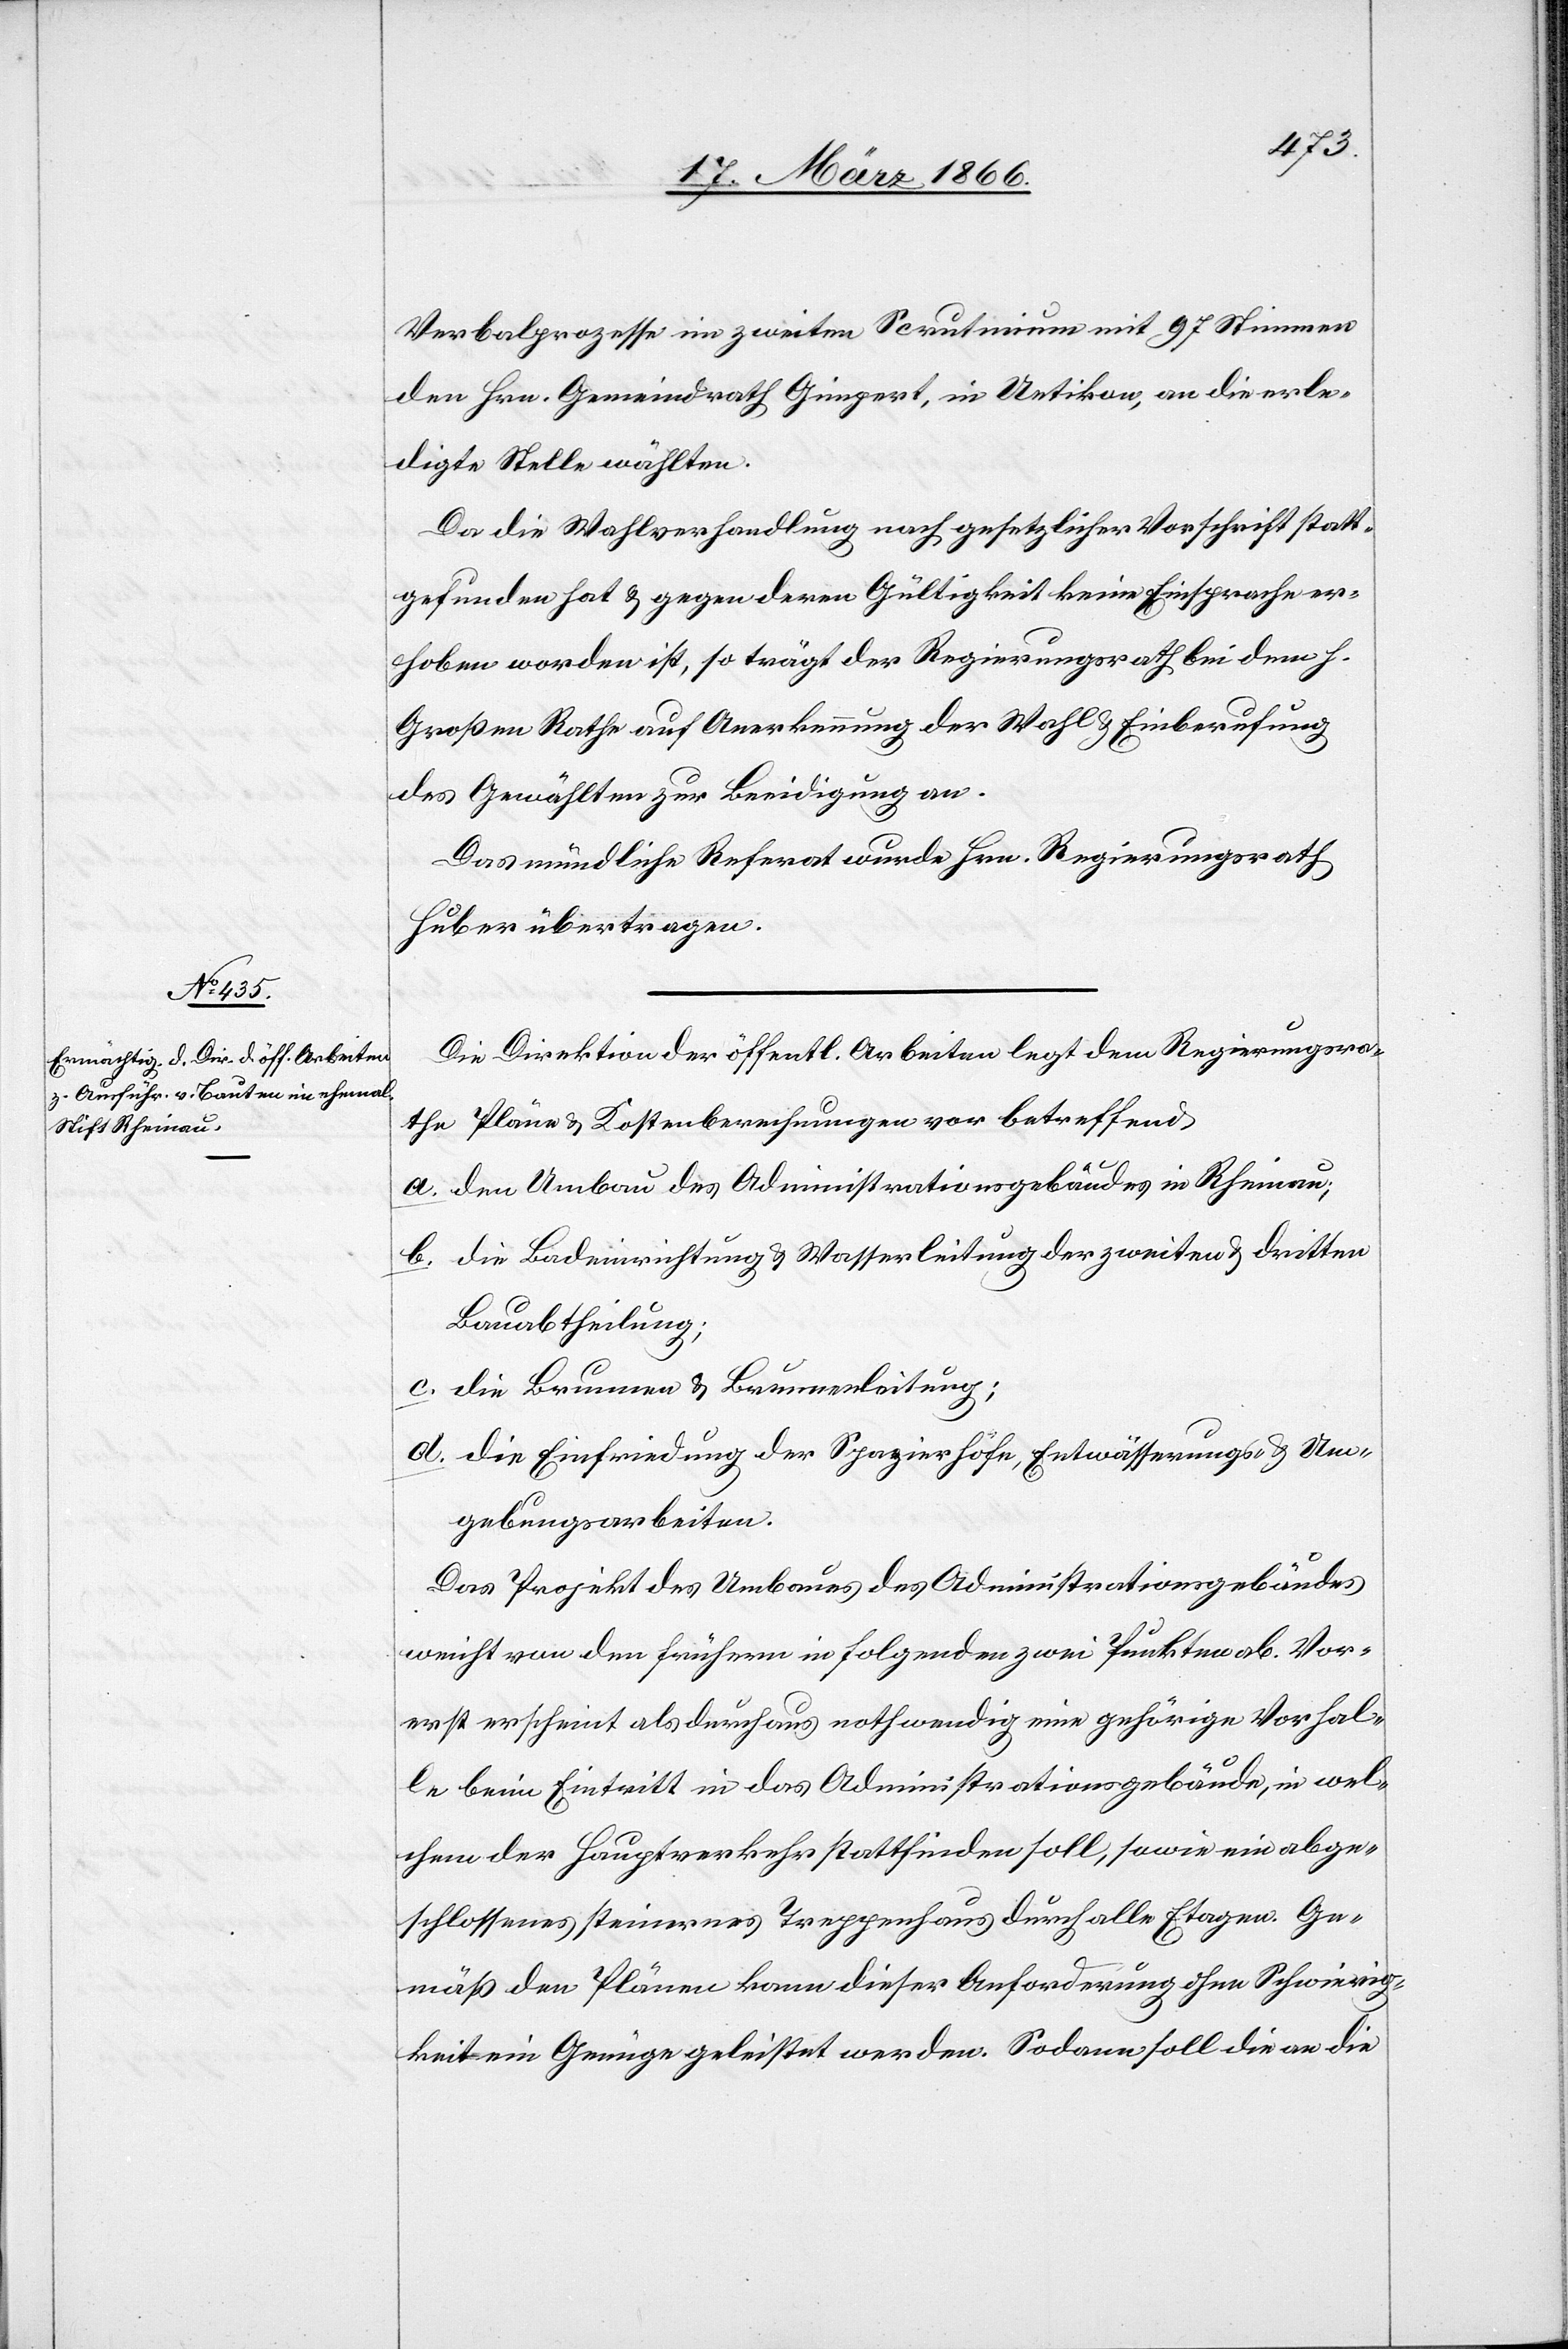
Verbalprozesse im zweiten Scrutinium mit 97 Stimmen
den Hrn. Gemeindrath Gimpert, in Uetikon, an die erle¬
digte Stelle wählten.
Da die Wahlverhandlung nach gesetzlicher Vorschrift statt¬
gefunden hat u. gegen deren Gültigkeit keine Einsprache er¬
hoben worden ist, so trägt der Regierungsrath bei dem h.
Großen Rathe auf Anerkennung der Wahl u. Einberufung
des Gewählten zur Beeidigung an.
Das mündliche Referat wurde Hrn. Regierungsrath
Huber übertragen.
Die Direktion der öffentl. Arbeiten legt dem Regierungsra¬
the Pläne u. Kostenberechnungen vor betreffend
a. den Umbau des Administrativgebäudes in Rheinau;
b. die Badeinrichtung u. Wasserleitung der zweiten u. dritten
Bauabtheilung;
c. die Brunnen u. Brunnenleitung;
d. die Einfriedung der Spazierhöfe, Entwässerungs- u. Um¬
gebungsarbeiten.
Das Projekt des Umbaues des Administrativgebäudes
weicht von dem frühern in folgenden zwei Punkten ab. Vor¬
erst erscheint als durchaus nothwendig eine gehörige Vorhal¬
le beim Eintritt in das Administrativgebäude, in wel¬
chem der Hauptverkehr stattfinden soll, sowie ein abge¬
schlossenes steinernes Treppenhaus durch alle Etagen Ge¬
mäß den Plänen kann dieser Anforderung ohne Schwierig¬
keit ein Genügen geleistet werden, Sodann soll die an die